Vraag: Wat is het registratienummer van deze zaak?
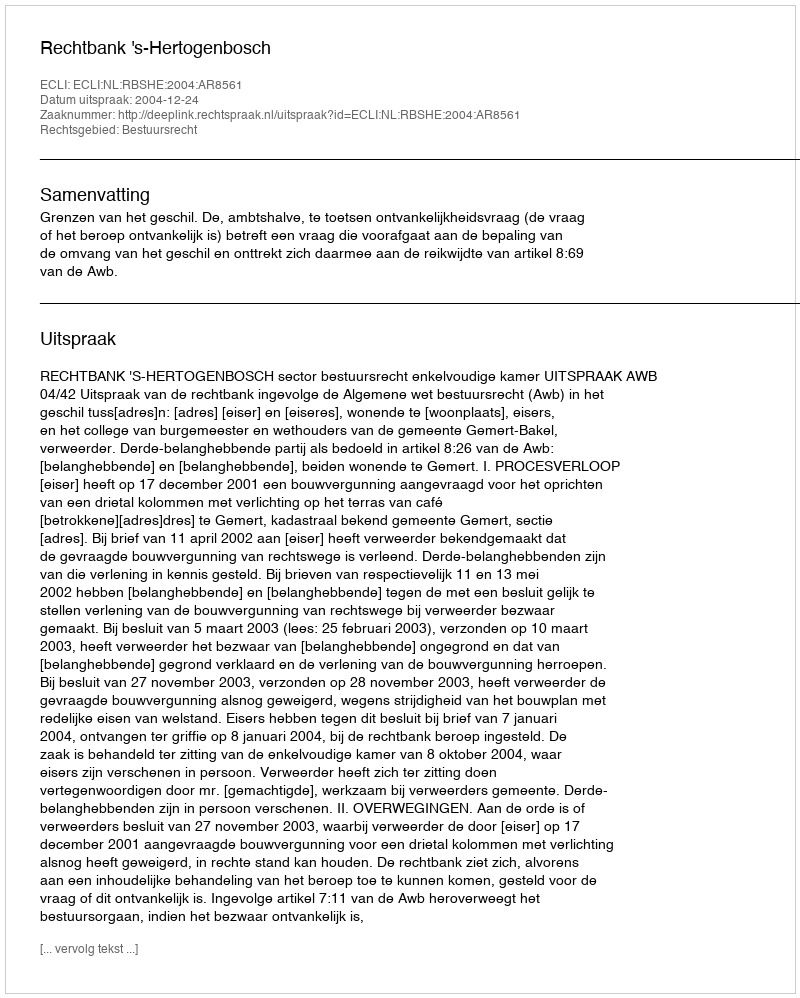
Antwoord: http://deeplink.rechtspraak.nl/uitspraak?id=ECLI:NL:RBSHE:2004:AR8561